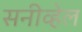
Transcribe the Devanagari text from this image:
सनीव्हेल